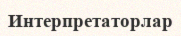
Интерпретаторлар